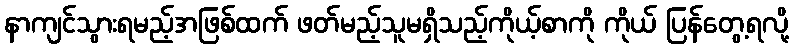
နာကျင်သွားရမည့်အဖြစ်ထက် ဖတ်မည့်သူမရှိသည့်ကိုယ့်စာကို ကိုယ် ပြန်တွေ့ရလို့